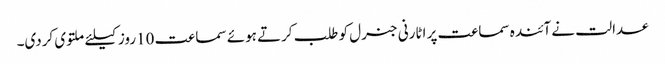
عدالت نے آئندہ سماعت پر اٹارنی جنرل کو طلب کرتے ہوئے سماعت 10روز کیلئے ملتوی کردی۔